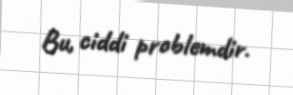
Bu, ciddi problemdir.